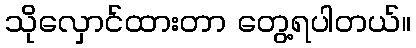
သိုလှောင်ထားတာ တွေ့ရပါတယ်။